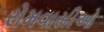
રોમવાસીઓ